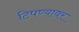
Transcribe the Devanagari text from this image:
टिपण्यावर